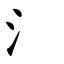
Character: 氵